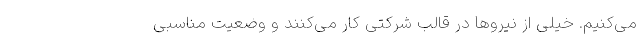
می‌کنیم. خیلی از نیروها در قالب شرکتی کار می‌کنند و وضعیت مناسبی